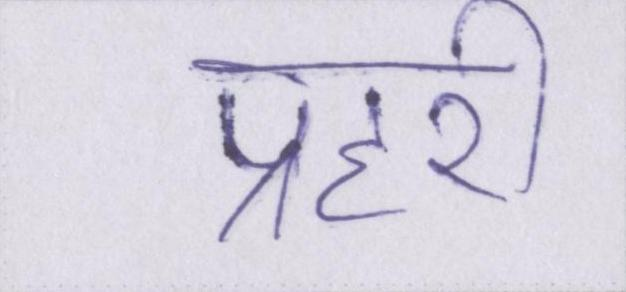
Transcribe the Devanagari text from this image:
प्रहरी